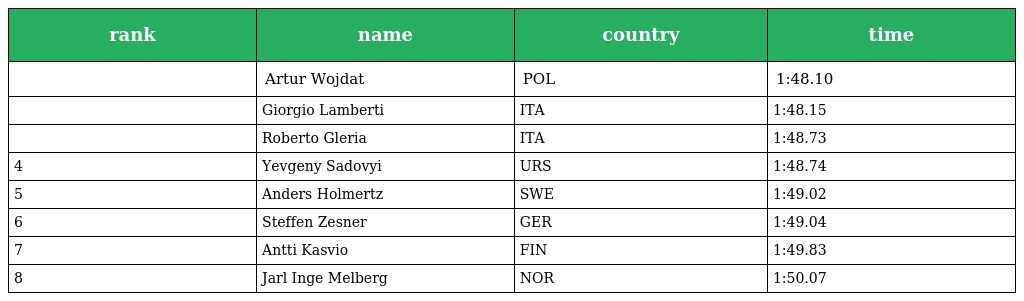
| rank | name | country | time |
 | --- | --- | --- | --- |
 |  | Artur Wojdat | POL | 1:48.10 |
 |  | Giorgio Lamberti | ITA | 1:48.15 |
 |  | Roberto Gleria | ITA | 1:48.73 |
 | 4 | Yevgeny Sadovyi | URS | 1:48.74 |
 | 5 | Anders Holmertz | SWE | 1:49.02 |
 | 6 | Steffen Zesner | GER | 1:49.04 |
 | 7 | Antti Kasvio | FIN | 1:49.83 |
 | 8 | Jarl Inge Melberg | NOR | 1:50.07 |